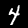
Label: 4